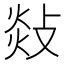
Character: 敥